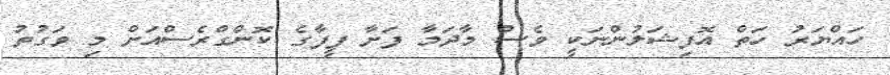
ހައްޔަރު ހަތް އޮފިޝަލުންނަކީ ވެސް މާދަމާ ފަށާ ފީފާގެ ކޮންގްރެސްއަށް މި ވަގުތު